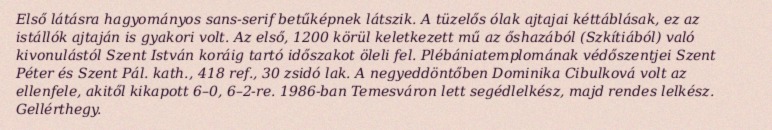
Első látásra hagyományos sans-serif betűképnek látszik. A tüzelős ólak ajtajai kéttáblásak, ez az istállók ajtaján is gyakori volt. Az első, 1200 körül keletkezett mű az őshazából (Szkítiából) való kivonulástól Szent István koráig tartó időszakot öleli fel. Plébániatemplomának védőszentjei Szent Péter és Szent Pál. kath., 418 ref., 30 zsidó lak. A negyeddöntőben Dominika Cibulková volt az ellenfele, akitől kikapott 6–0, 6–2-re. 1986-ban Temesváron lett segédlelkész, majd rendes lelkész. Gellérthegy.